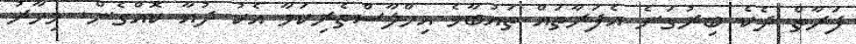
ފަރާތް ދެކެ ބިރުގަނެ އެފަރާތައް ތައުބާވެ އިހްލާސްތެރިކަމާ އެކު ދުއާ ކޮއްގެން. މިހާރު